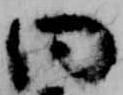
同